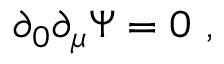
\partial _ { 0 } \partial _ { \mu } \Psi = 0 \ ,